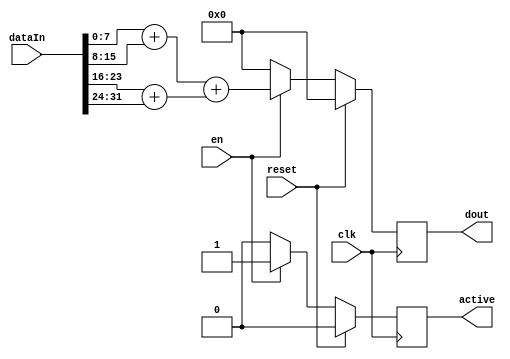
module RV_adder_tree#(

    parameter N     = 4,
    parameter DATAW = 8

)(
    
    input wire clk,
    input wire reset,
    
    input wire en,
    input wire [(N*DATAW)-1 : 0] dataIn,
    
    output reg [DATAW-1 : 0] dout,
    output reg active
    
);
    
    localparam LOGN = $clog2(N);
    localparam  TL      =   (1 << LOGN) - 1;        //  2^n - 1     (Index of the leftmost leaf of the tree, the starting position of the first input).
    localparam  TN      =   (1 << (LOGN+1)) - 1;    //  2^(n+1) - 1 (Index of the rightmost leaf of the tree, the starting position of the last input).
    
    //Converting flat input to 2d
    wire [DATAW-1 : 0] data2d [N-1 : 0];
    wire [DATAW-1 : 0] d_n  [TN-1:0];          //  An Array for the Data signals in the tree.    
    wire [DATAW-1 : 0] result;
    
    genvar i , j;
    generate
        
        //  Reassigning the flattened input port into a 2D array.
        for (i = 0; i < N; i = i + 1) begin
        
            assign  data2d[i]   =   dataIn[(i+1) * DATAW - 1:i * DATAW];
            
        end
        
        //  Setting the inputs and valid signals as the leaves of the tree (In reverse order if REVERSE is set).
        for (i = 0; i < N; i = i + 1) begin
        
            assign d_n[TL+i] = data2d[i];
            
        end
        
        //  If N is not a power of 2, the binary tree will have more leaves than inputs (Ex: if N = 10, there will be 16 leaves).
        //  Setting the extra leaves as 0 for Valid signals and Data.
        for (i = TL+N; i < TN; i = i + 1) begin

            assign d_n[i] = 0;
            
        end
        
        //  Going through the tree from the leaves up and setting each parent to the first valid signal out of the two children.
        for (j = 0; j < LOGN; j = j + 1) begin
            for (i = 0; i < (2**j); i = i + 1) begin
        
                
                assign d_n[2**j-1 + i] = d_n[2**(j+1)-1 + i*2] + d_n[2**(j+1)-1 + i*2+1]; 
        
            end
        end  
        
        assign result = d_n[0];
        
    endgenerate
    
    always@(posedge clk)
    begin
    
        if(reset)
        begin
        
             dout   <= 0;  
             active <= 0;     
        
        end
        else begin
        
            if(en)
            begin
            
                dout    <= result;
                active  <= 1;
                
            end
            else begin
            
                dout    <= 0;
                active  <= 0;
            
            end
            
        end
        
    end

endmodule